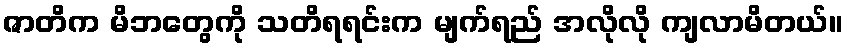
ဇာတိက မိဘတွေကို သတိရရင်းက မျက်ရည် အလိုလို ကျလာမိတယ်။